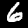
Label: 6